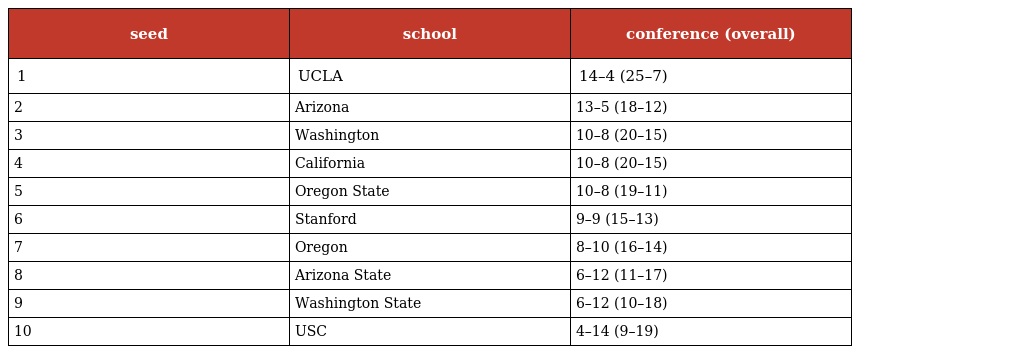
| seed | school | conference (overall) |
 | --- | --- | --- |
 | 1 | UCLA | 14–4 (25–7) |
 | 2 | Arizona | 13–5 (18–12) |
 | 3 | Washington | 10–8 (20–15) |
 | 4 | California | 10–8 (20–15) |
 | 5 | Oregon State | 10–8 (19–11) |
 | 6 | Stanford | 9–9 (15–13) |
 | 7 | Oregon | 8–10 (16–14) |
 | 8 | Arizona State | 6–12 (11–17) |
 | 9 | Washington State | 6–12 (10–18) |
 | 10 | USC | 4–14 (9–19) |